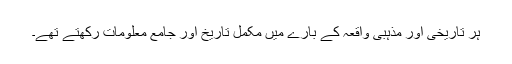
ہر تاریخی اور مذہبی واقعہ کے بارے میں مکمل تاریخ اور جامع معلومات رکھتے تھے۔